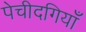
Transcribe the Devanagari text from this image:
पेचीदगियाँ